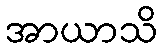
အာယာသိ